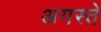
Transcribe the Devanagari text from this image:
अगस्ते